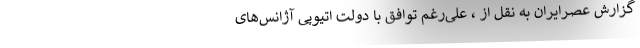
گزارش عصرایران به نقل از ، علی‌رغم توافق با دولت اتیوپی آژانس‌های